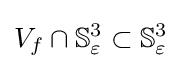
V_{f}\cap \mathbb {S} _{\varepsilon }^{3}\subset \mathbb {S} _{\varepsilon }^{3}